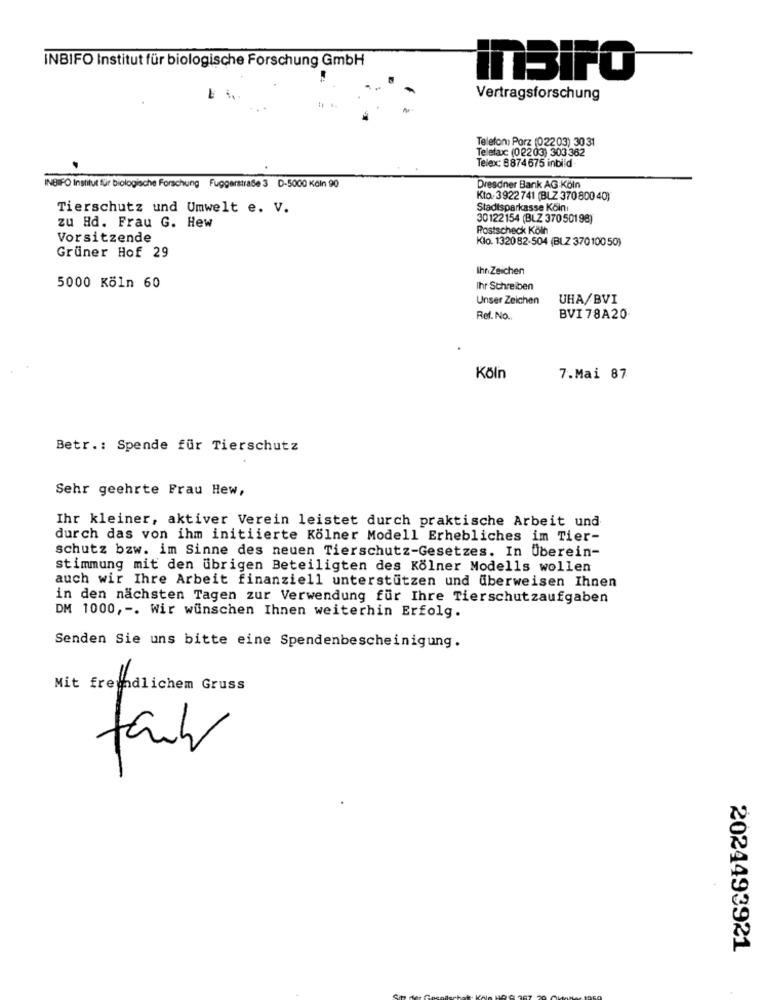
INBIFO Institut für biologische Forschung GmbH
inBIFO
Vertragsforschung
Telefon: Porz (02203) 3031
Telefax: (02203) 303 362
Telex: 8874675 inbiid
INBIFO Institut für biologische Forschung Fuggerstraße 3 D-5000 Köln 90
Dresdner Bank AG-Köln
Kto-3922 741 (BLZ 370 800 40)
Tierschutz und Umwelt e. V.
Stadtsparkasse Köln:
30122154 (BLZ 37050198)
zu Hd. Frau G. Hew
Postscheck Köln
Vorsitzende
Klo. 1320 82-504 (BLZ 37010050)
Grüner Hof 29
Ihn Zeichen
5000 Köln 60
Ihr Schreiben
Unser Zeichen
UHA/BVI
Ref. No ..
BVI 78A20
Köln
7.Mai 87
Betr .: Spende für Tierschutz
Sehr geehrte Frau Hew,
Ihr kleiner, aktiver Verein leistet durch praktische Arbeit und
durch das von ihm initiierte Kölner Modell Erhebliches im Tier-
schutz bzw. im Sinne des neuen Tierschutz-Gesetzes. In Überein-
stimmung mit den übrigen Beteiligten des Kölner Modells wollen
auch wir Ihre Arbeit finanziell unterstützen und überweisen Ihnen
in den nächsten Tagen zur Verwendung für Ihre Tierschutzaufgaben
DM 1000 ,-. Wir wünschen Ihnen weiterhin Erfolg.
Senden Sie uns bitte eine Spendenbescheinigung.
Mit freundlichem Gruss
fail
2024493921